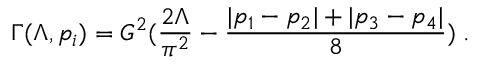
\Gamma ( \Lambda , p _ { i } ) = G ^ { 2 } ( \frac { 2 \Lambda } { \pi ^ { 2 } } - \frac { | p _ { 1 } - p _ { 2 } | + | p _ { 3 } - p _ { 4 } | } { 8 } ) \; .